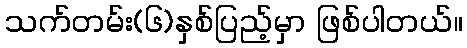
သက်တမ်း(၆)နှစ်ပြည့်မှာ ဖြစ်ပါတယ်။